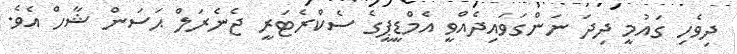
ދިވެހި ގައުމީ ދިދަ ނަންގަވައިދެއްވީ އެމްޑީޕީގެ ސެކްރެޓަރީ ޖެނެރަލް ޙަސަން ޝާހް އެވެ.